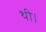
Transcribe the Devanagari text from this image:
थी।